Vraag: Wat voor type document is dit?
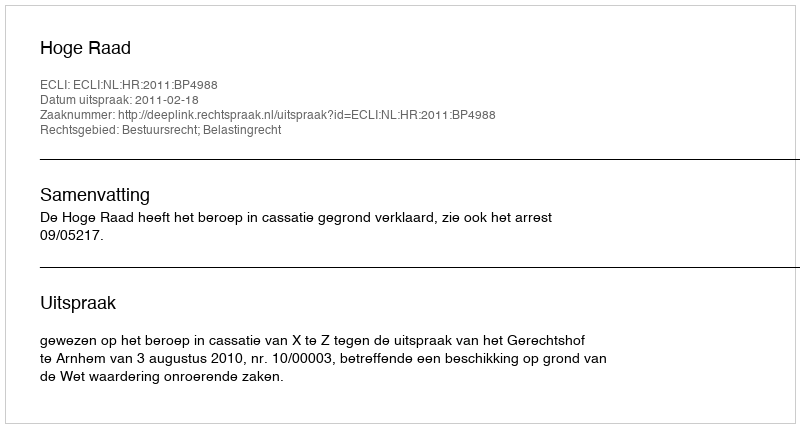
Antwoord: Uitspraak